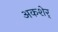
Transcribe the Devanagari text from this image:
अकशेर्